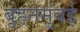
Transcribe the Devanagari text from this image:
बृहनमुंबई